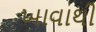
ખાવાથી